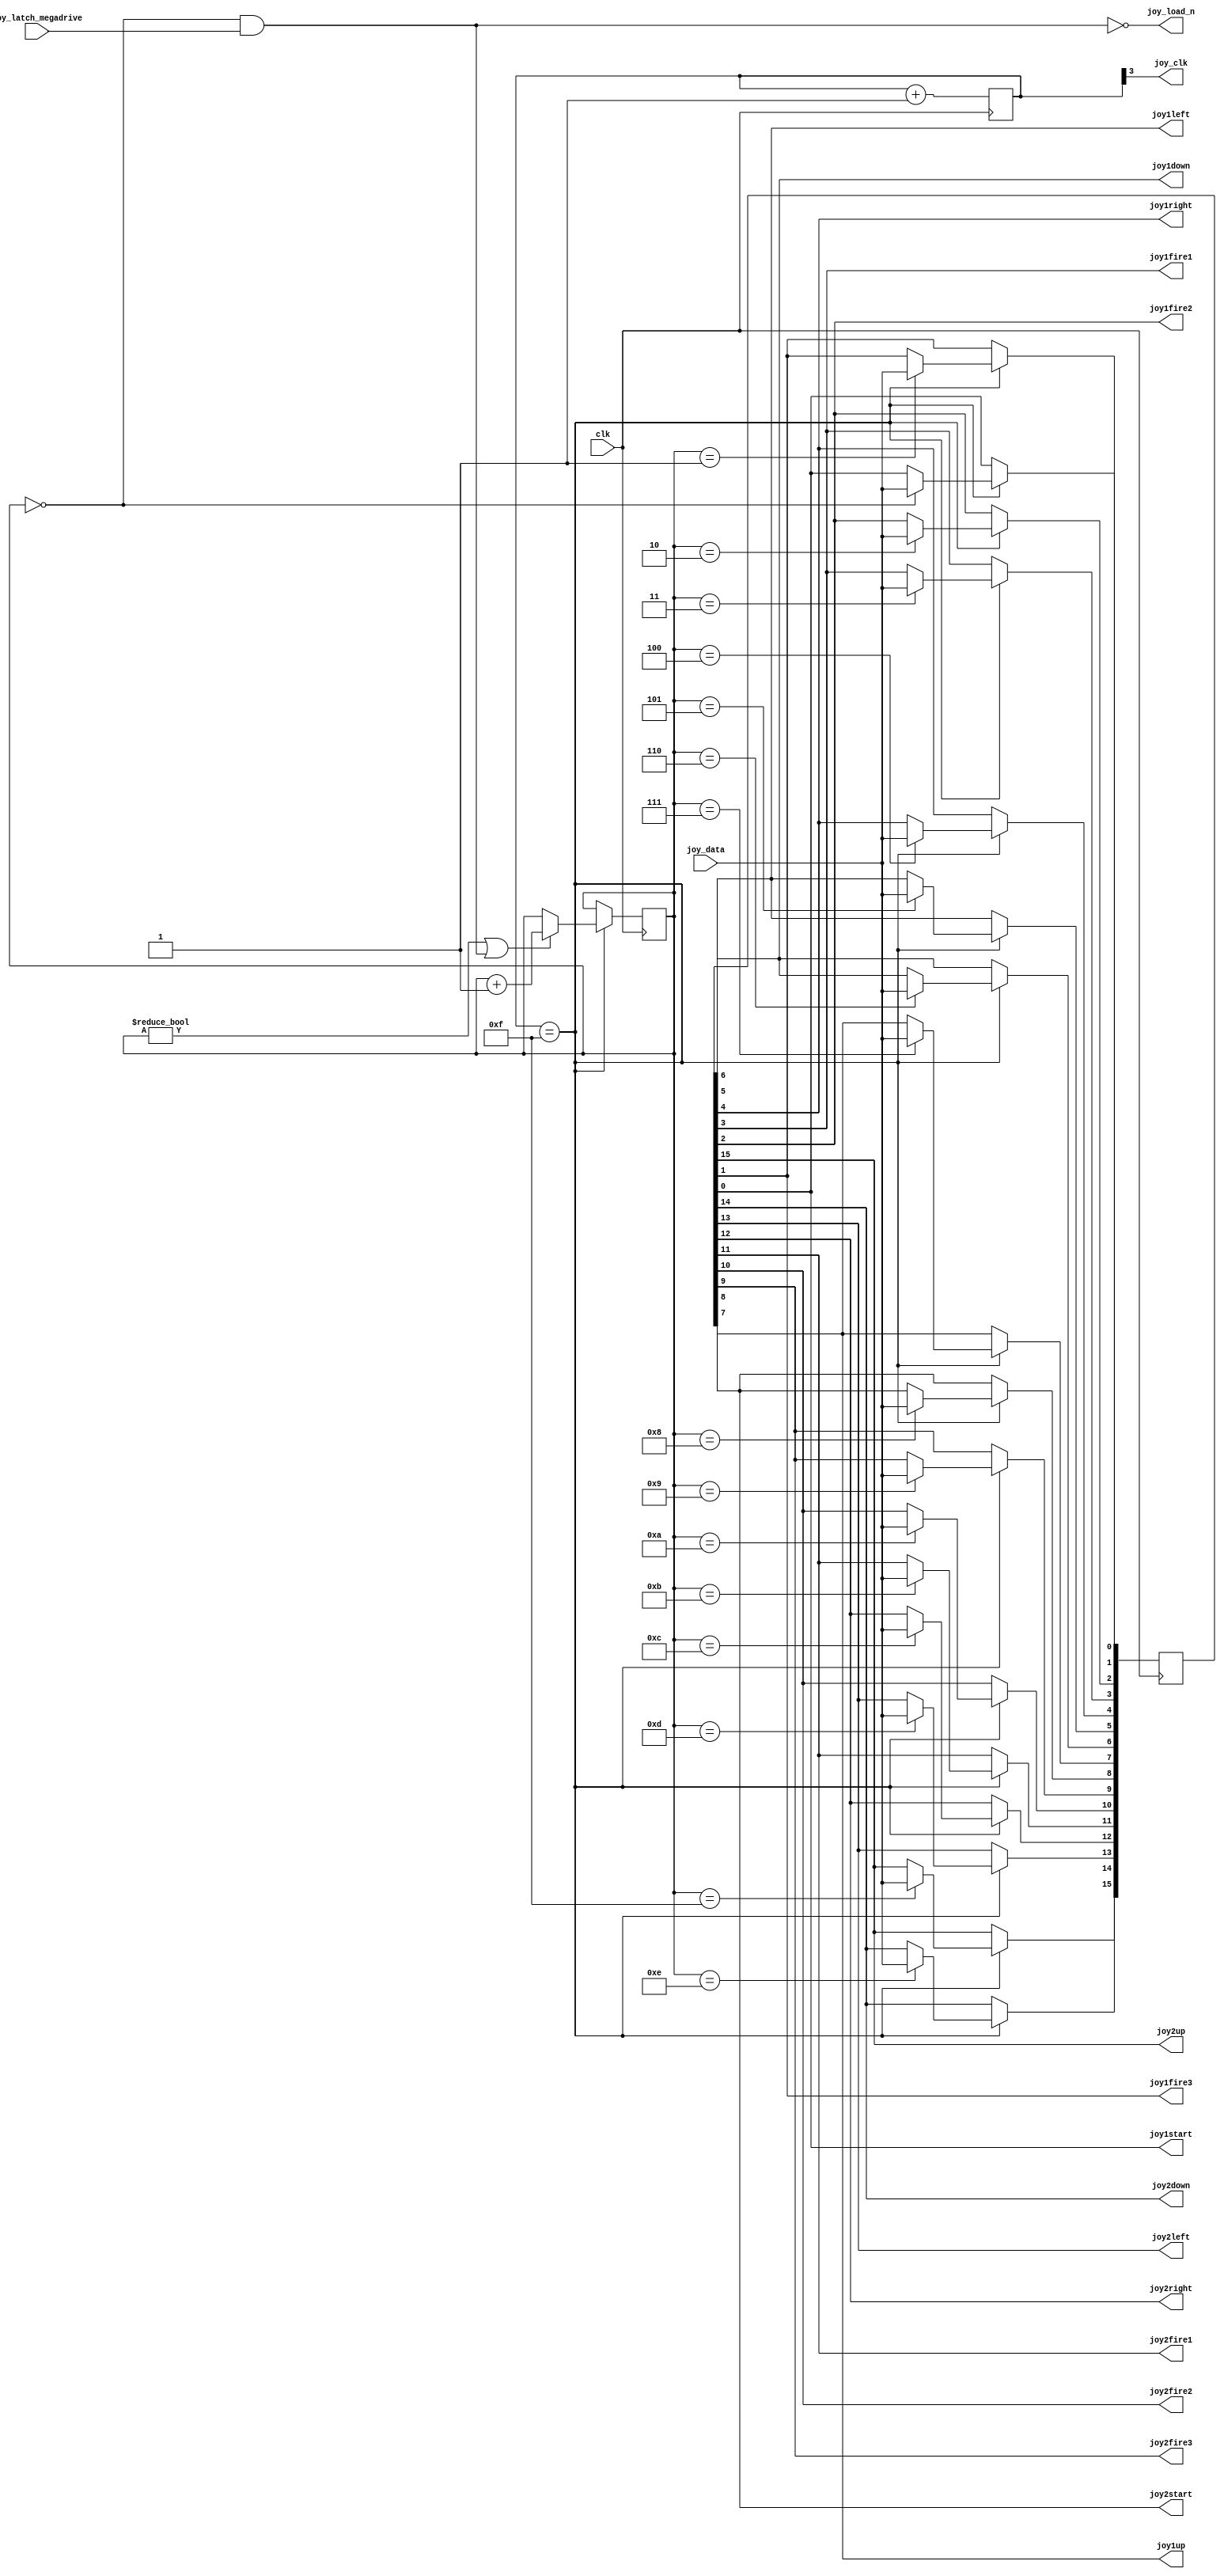
`timescale 1ns / 1ps
`default_nettype none

//    This file is part of the ZXUNO Spectrum core. 
//    Creation date is 09:00:25 2018-07-20 by Miguel Angel Rodriguez Jodar
//    (c)2014-2020 ZXUNO association.
//    ZXUNO official repository: http://svn.zxuno.com/svn/zxuno
//    Username: guest   Password: zxuno
//    Github repository for this core: https://github.com/mcleod-ideafix/zxuno_spectrum_core
//
//    ZXUNO Spectrum core is free software: you can redistribute it and/or modify
//    it under the terms of the GNU General Public License as published by
//    the Free Software Foundation, either version 3 of the License, or
//    (at your option) any later version.
//
//    ZXUNO Spectrum core is distributed in the hope that it will be useful,
//    but WITHOUT ANY WARRANTY; without even the implied warranty of
//    MERCHANTABILITY or FITNESS FOR A PARTICULAR PURPOSE.  See the
//    GNU General Public License for more details.
//
//    You should have received a copy of the GNU General Public License
//    along with the ZXUNO Spectrum core.  If not, see <https://www.gnu.org/licenses/>.
//
//    Any distributed copy of this file must keep this notice intact.

module joydecoder (
  input wire clk,
  input wire joy_data,
  input wire joy_latch_megadrive,
  output wire joy_clk,
  output wire joy_load_n,
  output wire joy1up,
  output wire joy1down,
  output wire joy1left,
  output wire joy1right,
  output wire joy1fire1,
  output wire joy1fire2,
  output wire joy1fire3,
  output wire joy1start,
  output wire joy2up,
  output wire joy2down,
  output wire joy2left,
  output wire joy2right,
  output wire joy2fire1,
  output wire joy2fire2,
  output wire joy2fire3,
  output wire joy2start  
  );
  
  reg [3:0] clkdivider = 4'h0;
  assign joy_clk = clkdivider[3];
  
  always @(posedge clk) begin
    clkdivider <= clkdivider + 4'h1;    
  end
  wire clkenable = (clkdivider == 4'd15);

  reg [15:0] joyswitches = 16'hFFFF;
  assign joy1up    = joyswitches[7];
  assign joy1down  = joyswitches[6];
  assign joy1left  = joyswitches[5];
  assign joy1right = joyswitches[4];
  assign joy1fire1 = joyswitches[3];
  assign joy1fire2 = joyswitches[2];
  assign joy1fire3 = joyswitches[1];
  assign joy1start = joyswitches[0];
  assign joy2up    = joyswitches[15];
  assign joy2down  = joyswitches[14];
  assign joy2left  = joyswitches[13];
  assign joy2right = joyswitches[12];
  assign joy2fire1 = joyswitches[11];
  assign joy2fire2 = joyswitches[10];
  assign joy2fire3 = joyswitches[9];
  assign joy2start = joyswitches[8];
  
  reg [3:0] state = 4'd0;
  assign joy_load_n = ~(state == 4'd0 && joy_latch_megadrive == 1'b1);
  
  always @(posedge clk) begin
    if (clkenable == 1'b1) begin
      if (state != 4'd0 || joy_load_n == 1'b0)
        state <= state + 4'd1;
      case (state)
        4'd0:  joyswitches[0]  <= joy_data;
        4'd1:  joyswitches[1]  <= joy_data;
        4'd2:  joyswitches[2]  <= joy_data;
        4'd3:  joyswitches[3]  <= joy_data;
        4'd4:  joyswitches[4]  <= joy_data;
        4'd5:  joyswitches[5]  <= joy_data;
        4'd6:  joyswitches[6]  <= joy_data;
        4'd7:  joyswitches[7]  <= joy_data;
        4'd8:  joyswitches[8]  <= joy_data;
        4'd9:  joyswitches[9]  <= joy_data;
        4'd10: joyswitches[10] <= joy_data;
        4'd11: joyswitches[11] <= joy_data;
        4'd12: joyswitches[12] <= joy_data;
        4'd13: joyswitches[13] <= joy_data;
        4'd14: joyswitches[14] <= joy_data;
        4'd15: joyswitches[15] <= joy_data;
      endcase
    end    
  end
endmodule


// En pruebas. No funciona muy fina
module joydecoder6b (
  input wire clk,
  input wire joy_data,
  input wire joy_latch_megadrive,
  output wire joy_clk,
  output wire joy_load_n,
  output wire joy1up,
  output wire joy1down,
  output wire joy1left,
  output wire joy1right,
  output wire joy1fire1,
  output wire joy1fire2,
  output wire joy1fire3,
  output wire joy1start,
  output wire joy2up,
  output wire joy2down,
  output wire joy2left,
  output wire joy2right,
  output wire joy2fire1,
  output wire joy2fire2,
  output wire joy2fire3,
  output wire joy2start  
  );
  
  reg [3:0] clkdivider = 4'h0;
  reg [7:0] sr_joy_latch_megadrive = 8'h00;
  wire sel_low = (sr_joy_latch_megadrive == 8'b10000000);
  wire sel_high = (sr_joy_latch_megadrive == 8'b01111111);
  reg [1:0] state_update_joy1 = 2'b11;
  reg [1:0] state_update_joy2 = 2'b11;
  reg joy_latch_md_start = 1'b0;
  
  assign joy_clk = clkdivider[3];
  
  always @(posedge clk) begin
    clkdivider <= clkdivider + 4'h1;    
  end
  wire clkenable = (clkdivider == 4'd15);

  reg [15:0] joyswitches = 16'hFFFF;
  reg [15:0] joyswintern = 16'hFFFF;
  assign joy1up    = joyswitches[7];
  assign joy1down  = joyswitches[6];
  assign joy1left  = joyswitches[5];
  assign joy1right = joyswitches[4];
  assign joy1fire1 = joyswitches[3];
  assign joy1fire2 = joyswitches[2];
  assign joy1fire3 = joyswitches[1];
  assign joy1start = joyswitches[0];
  assign joy2up    = joyswitches[15];
  assign joy2down  = joyswitches[14];
  assign joy2left  = joyswitches[13];
  assign joy2right = joyswitches[12];
  assign joy2fire1 = joyswitches[11];
  assign joy2fire2 = joyswitches[10];
  assign joy2fire3 = joyswitches[9];
  assign joy2start = joyswitches[8];
  
  reg [3:0] state = 4'd0;
  assign joy_load_n = ~(sel_high == 1'b1 || sel_low == 1'b1);
  
  always @(posedge clk) begin
    if (clkenable == 1'b1) begin
      sr_joy_latch_megadrive <= {sr_joy_latch_megadrive[6:0], joy_latch_megadrive};
      if (state != 4'd0 || (state == 4'd0 && joy_load_n == 1'b0))
        state <= state + 4'd1;
      case (state)
        4'd0:  begin
                 if (joy_latch_md_start == 1'b1 && state_update_joy1 == 2'b11)
                   joyswitches[7:0] <= joyswintern[7:0];
                 if (joy_latch_md_start == 1'b1 && state_update_joy2 == 2'b11)
                   joyswitches[15:8] <= joyswintern[15:8];

                 joyswintern[0]  <= joy_data;
                 joy_latch_md_start <= sel_high;
               end
        4'd1:  joyswintern[1]  <= joy_data;
        4'd2:  joyswintern[2]  <= joy_data;
        4'd3:  joyswintern[3]  <= joy_data;
        4'd4:  joyswintern[4]  <= joy_data;
        4'd5:  joyswintern[5]  <= joy_data;
        4'd6:  joyswintern[6]  <= joy_data;
        4'd7:  joyswintern[7]  <= joy_data;
        4'd8:  joyswintern[8]  <= joy_data;
        4'd9:  joyswintern[9]  <= joy_data;
        4'd10: joyswintern[10] <= joy_data;
        4'd11: joyswintern[11] <= joy_data;
        4'd12: joyswintern[12] <= joy_data;
        4'd13: joyswintern[13] <= joy_data;
        4'd14: joyswintern[14] <= joy_data;
        4'd15: joyswintern[15] <= joy_data;
      endcase
      
      if (state == 4'd15) begin
        if (joy_latch_md_start == 1'b0) begin   // SEL = 0
          if (state_update_joy1 == 2'b11 && joyswintern[7:4] == 4'b0000)
            state_update_joy1 <= 2'b00;
          if (state_update_joy1 == 2'b01)
            state_update_joy1 <= 2'b11;
        end
        else begin                              // SEL = 1
          if (state_update_joy1 == 2'b00)
            state_update_joy1 <= 2'b01;
        end
        
        if (joy_latch_md_start == 1'b0) begin   // SEL = 0
          if (state_update_joy2 == 2'b11 && {joy_data,joyswintern[14:12]} == 4'b0000)   //joyswintern[15] est siendo escrito en este momento, por eso no puedo usarlo
            state_update_joy2 <= 2'b00;
          if (state_update_joy2 == 2'b01)
            state_update_joy2 <= 2'b11;
        end
        else begin                              // SEL = 1
          if (state_update_joy2 == 2'b00)
            state_update_joy2 <= 2'b01;
        end
      end
      
    end    
  end
endmodule